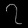
Digit: ၇